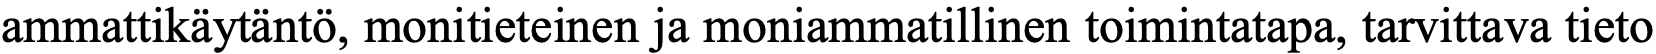
ammattikäytäntö, monitieteinen ja moniammatillinen toimintatapa, tarvittava tieto